Report of the Indian Hemp Drugs Commission, 1894-1895 - Volume VII
Year: 1894
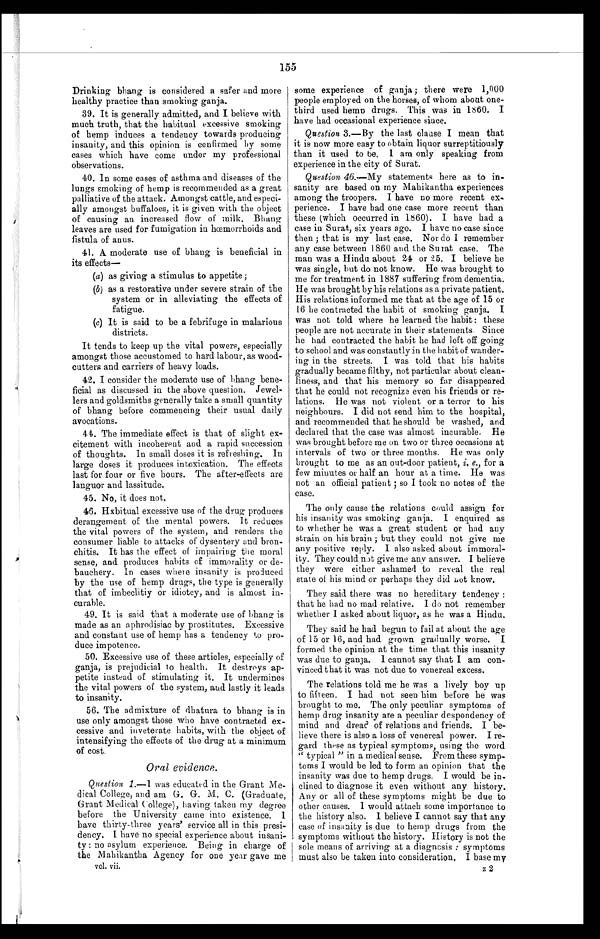
155
Drinking bhang is considered a safer and more
healthy practice than smoking ganja.
39. It is generally admitted, and I believe with
much truth, that the habitual excessive smoking
of hemp induces a tendency towards producing
insanity, and this opinion is confirmed by some
cases which have come under my professional
observations.
40. In some cases of asthma and diseases of the
lungs smoking of hemp is recommended as a great
palliative of the attack. Amongst cattle, and especi-
ally amongst buffaloes, it is given with the object
of causing an increased flow of milk. Bhang
leaves are used for fumigation in hœmorrhoids and
fistula of anus.
41. A. moderate use of bhang is beneficial in
its effects—
(a) as giving a stimulus to appetite;
(b) as a restorative under severe strain of the
system or in alleviating the effects of
fatigue.
(c) It is said to be a febrifuge in malarious
districts.
It tends to keep up the vital powers, especially
amongst those accustomed to hard labour, as wood-
cutters and carriers of heavy loads.
42. I consider the moderate use of bhang bene-
ficial as discussed in the above question. Jewel-
lers and goldsmiths generally take a small quantity
of bhang before commencing their usual daily
avocations.
44. The immediate effect is that of slight ex-
citement with incoherent and a rapid succession
of thoughts. In small doses it is refreshing. In
large doses it produces intoxication. The effects
last for four or five hours. The after-effects are
languor and lassitude.
45. No, it does not.
46. Hxbitual excessive use of the drug produces
derangement of the mental powers. It reduces
the vital powers of the system, and renders the
consumer liable to attacks of dysentery and bron-
chitis. It has the effect of impairing the moral
sense, and produces habits of immorality or de-
bauchery. In cases where insanity is produced
by the use of hemp drugs, the type is generally
that of imbecility or idiotcy, and is almost in-
curable.
49. It is said that a moderate use of bhang is
made as an aphrodisiac by prostitutes. Excessive
and constant use of hemp has a tendency to pro-
duce impotence.
50. Excessive use of these articles, especially of
ganja, is prejudicial to health. It destroys ap-
petite instead of stimulating it. It undermines
the vital powers of the system, ands lastly it leads
to insanity.
56. The admixture of dhatura to bhang is in
use only amongst those who have contracted ex-
cessive and inveterate habits, with the object of
intensifying the effects of the drug at a minimum
of cost.
Oral evidence.
Question 1.—
I
was educated in the Grant Me-
dical College, and am G. G. M. C. (Graduate,
Grant Medical College), having taken my degree
before the University came into existence. I
have thirty-three years' service all in this presi-
dency. I have no special experience about insani-
ty : no asylum experience. Being in charge of
the Mahikantha Agency for one year gave me
vol. vii.
some experience of ganja ; there were 1,000
people employed on the horses, of whom about one-
third used hemp drugs. This was in 1860. I
have had occasional experience since.
Question 3.—By the last clause I mean that
it is now more easy to obtain liquor surreptitiously
than it used to be. I am only speaking from
experience in the city of Surat.
Question 46.—My statements here as to in-
sanity are based on my Mahikantha experiences
among the troopers. I have no more recent ex-
perience. I have had one case more recent than
these (which occurred in 1860). I have had a
case in Surat, six years ago. I have no case since
then ; teat is my last case. Nor do I remember
any case between 1860 and the Surat case. The
man was a Hindu about 24 or 25. I believe he
was single, but do not know. He was brought to
me for treatment in 1887 suffering from dementia.
He was brought by his relations as a private patient.
His relations informed me that at the age of 15 or
16 he contracted the habit of smoking ganja. I
was not told where he learned the habit : these
people are not accurate in their statements. Since
he had contracted the habit he had left off going
to school and was constantly in the habit of wander-
ing in the streets. I was told that his habits
gradually became filthy, not particular about clean-
liness, and that his memory so far disappeared
that he could not recognize even his friends or re-
lations. He was not violent or a terror to his
neighbours. I did not send him to the hospital,
and recommended that he should be washed, and
declared that the case was almost incurable. He
was brought before me on two or three occasions at
intervals of two or three months. He was only
brought to me as an out-door patient, i e . ,
f o r a
few minutes or half an hour at a time. He was
not an official patient ; so I took no notes of the
case.
The only cause the relations could assign for
his insanity was smoking ganja. I enquired as
to whether he was a great student or had any
strain on his brain ; but they could not give me
any positive reply. I also asked about immoral-
ity. They could nit give me any answer. I believe
they were either ashamed to reveal the real
state of his mind or perhaps they did not know.
They said there was no hereditary tendency :
that he had no mad relative. I do not remember
whether I asked about liquor, as he was a Hindu.
They said he had begun to fail at about the age
of 15 or 16, and had grown gradually worse. I
formed the opinion at the time that this insanity
was due to ganja. I cannot say that I am con-
vinced that it was not due to venereal excess.
The relations told me be was a lively boy up
to fifteen. I had not seen him before he was
brought to me. The only peculiar symptoms of
hemp drug insanity are a peculiar despondency of
mind and dread of relations and friends. I be-
lieve there is also a loss of venereal power. I re-
gard these as typical symptoms, using the word
" typical " in a medical sense. From these symp-
toms I would be led to form an opinion that the
insanity was due to hemp drugs. I would be in-
clined to diagnose it even without any history.
Any or all of these symptoms might be due to
other causes. I would attach some importance to
the history also. I believe I cannot say that any
case of insanity is due to hemp drugs from the
symptoms without the history. History is not the
sole means of arriving at a diagnosis: symptoms
must also be taken into consideration. I base my
z 2